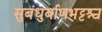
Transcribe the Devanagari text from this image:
सुबंधुर्बाणभट्टश्च